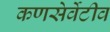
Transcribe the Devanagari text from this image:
कणसेर्वेटीव